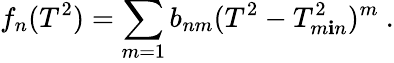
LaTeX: f_{n}(T^{2})=\sum_{m=1}b_{nm}(T^{2}-T_{m\mathbf{i}n}^{2})^{m}\ .